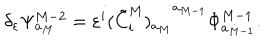
\delta _ { \varepsilon } \Psi _ { a _ { M } } ^ { M - 2 } = \varepsilon ^ { i } { ( \tilde { C } _ { i } ^ { M } ) _ { a _ { M } } } ^ { a _ { M - 1 } } { \Phi } _ { a _ { M - 1 } } ^ { M - 1 } .